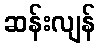
ဆန်းလျန်